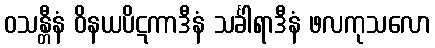
ဝသန္တီနံ ဝိနယပိဋကာဒီနံ သင်္ခါရာဒီနံ ဖလကုသလော